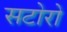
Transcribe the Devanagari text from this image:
सटोरो